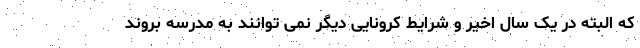
که البته در یک سال اخیر و شرایط کرونایی دیگر نمی توانند به مدرسه بروند